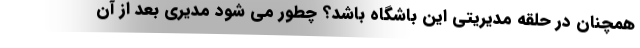
همچنان در حلقه مدیریتی این باشگاه باشد؟ چطور می شود مدیری بعد از آن